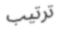
ترتيب